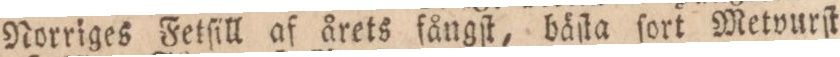
Norriges Fetſill af årets fångſt, bäſta ſort Metvurſt